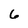
Character: 6